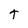
Character: t